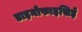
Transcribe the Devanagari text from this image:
डाइनोफाइसिई